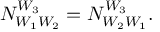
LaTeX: N _ { W _ { 1 } W _ { 2 } } ^ { W _ { 3 } } = N _ { W _ { 2 } W _ { 1 } } ^ { W _ { 3 } } .